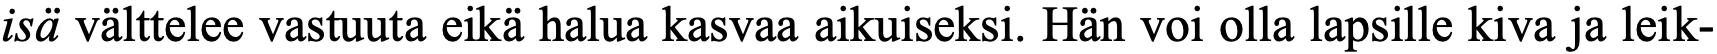
isä välttelee vastuuta eikä halua kasvaa aikuiseksi. Hän voi olla lapsille kiva ja leik-